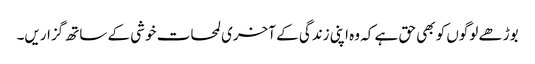
بوڑھے لوگوں کو بھی حق ہے کہ وہ اپنی زندگی کے آخری لمحات خوشی کے ساتھ گزاریں۔